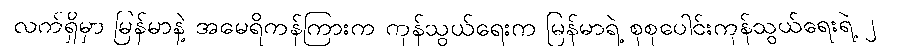
လက်ရှိမှာ မြန်မာနဲ့ အမေရိကန်ကြားက ကုန်သွယ်ရေးက မြန်မာရဲ့ စုစုပေါင်းကုန်သွယ်ရေးရဲ့ ၂